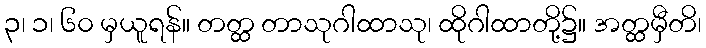
၃၊ ၁၊ ၆၀ မှယူရန်။ တတ္ထ တာသုဂါထာသု၊ ထိုဂါထာတို့၌။ အတ္ထမှီတိ၊